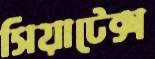
সিয়াটেক্স